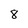
Character: 8